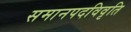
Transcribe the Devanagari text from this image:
समानपदविवृति